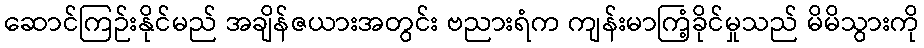
ဆောင်ကြဉ်းနိုင်မည် အချိန်ဇယားအတွင်း ဗညားရံက ကျန်းမာကြံ့ခိုင်မှုသည် မိမိသွားကို